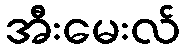
အီးမေးလ်